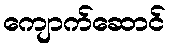
ကျောက်ဆောင်